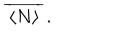
\: \overline { { { \, \langle N \rangle \, } } } \, . \: